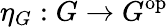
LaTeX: \eta_{G}:G\to G^{\mathrm{op}}